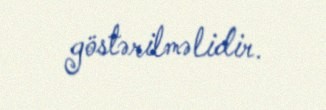
göstərilməlidir.